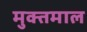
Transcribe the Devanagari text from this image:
मुक्तमाल